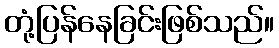
တုံ့ပြန်နေခြင်းဖြစ်သည်။